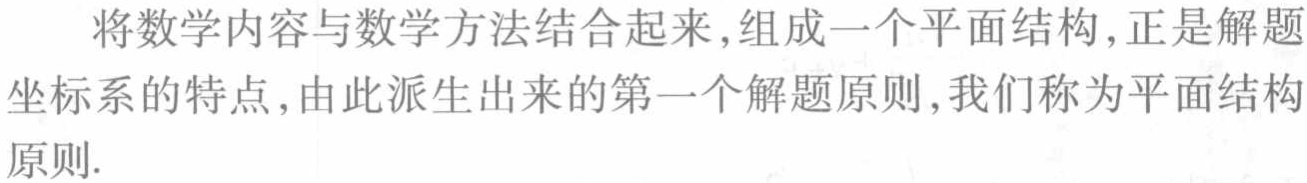
将数学内容与数学方法结合起来,组成一个平面结构,正是解题坐标系的特点,由此派生出来的第一个解题原则,我们称为平面结构原则.